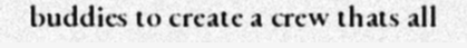
buddies to create a crew thats all